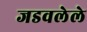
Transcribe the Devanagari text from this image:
जडवलेले